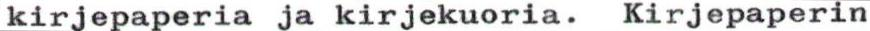
kirjepaperia ja kirjekuoria. Kirjepaperin